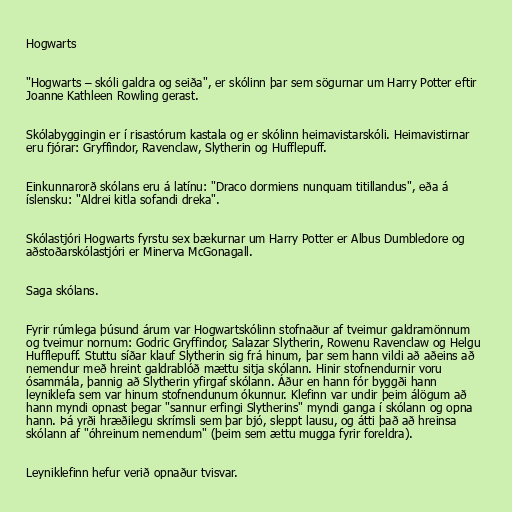
Hogwarts

"Hogwarts – skóli galdra og seiða", er skólinn þar sem sögurnar um Harry Potter eftir
Joanne Kathleen Rowling gerast.

Skólabyggingin er í risastórum kastala og er skólinn heimavistarskóli. Heimavistirnar
eru fjórar: Gryffindor, Ravenclaw, Slytherin og Hufflepuff.

Einkunnarorð skólans eru á latínu: "Draco dormiens nunquam titillandus", eða á
íslensku: "Aldrei kitla sofandi dreka".

Skólastjóri Hogwarts fyrstu sex bækurnar um Harry Potter er Albus Dumbledore og
aðstoðarskólastjóri er Minerva McGonagall.

Saga skólans.

Fyrir rúmlega þúsund árum var Hogwartskólinn stofnaður af tveimur galdramönnum
og tveimur nornum: Godric Gryffindor, Salazar Slytherin, Rowenu Ravenclaw og Helgu
Hufflepuff. Stuttu síðar klauf Slytherin sig frá hinum, þar sem hann vildi að aðeins að
nemendur með hreint galdrablóð mættu sitja skólann. Hinir stofnendurnir voru
ósammála, þannig að Slytherin yfirgaf skólann. Áður en hann fór byggði hann
leyniklefa sem var hinum stofnendunum ókunnur. Klefinn var undir þeim álögum að
hann myndi opnast þegar "sannur erfingi Slytherins" myndi ganga í skólann og opna
hann. Þá yrði hræðilegu skrímsli sem þar bjó, sleppt lausu, og átti það að hreinsa
skólann af "óhreinum nemendum" (þeim sem ættu mugga fyrir foreldra).

Leyniklefinn hefur verið opnaður tvisvar.